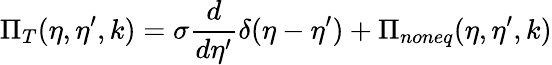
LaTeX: \Pi_{T}(\eta,\eta^{\prime},k)=\sigma\frac{d}{d\eta^{\prime}}\delta(\eta-\eta^{\prime})+\Pi_{noneq}(\eta,\eta^{\prime},k)